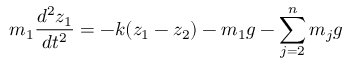
m _ { 1 } \frac { d ^ { 2 } z _ { 1 } } { d t ^ { 2 } } = - k ( z _ { 1 } - z _ { 2 } ) - m _ { 1 } g - \sum _ { j = 2 } ^ { n } m _ { j } g